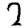
Digit: 2